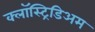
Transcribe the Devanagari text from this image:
क्लॉस्ट्रिडिअम